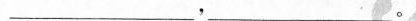
___，___。